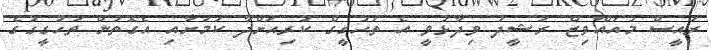
ރައީސް މުއައްވިޒް ރަޝީދު ވިދާޅުވީ އެ ތަހުގީގް ކުރިއަށްދާ ކަމަށާއި އެގޮތުން ތަހުގީގުގެ